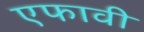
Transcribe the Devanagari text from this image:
एफावी